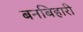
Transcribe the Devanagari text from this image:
बनबिहारी